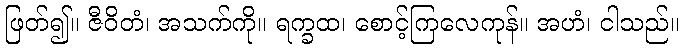
ဖြတ်၍။ ဇီဝိတံ၊ အသက်ကို။ ရက္ခထ၊ စောင့်ကြလေကုန်။ အဟံ၊ ငါသည်။